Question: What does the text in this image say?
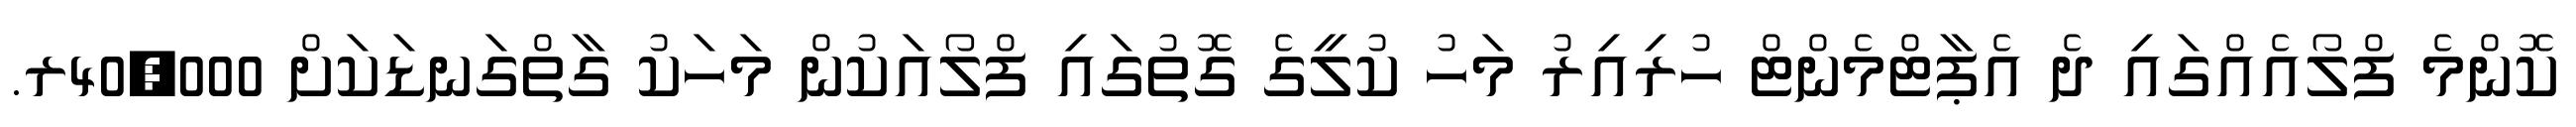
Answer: ކޮންމެ ފްލޯއެއްގައި ދެ އެޕާޓްމެންޓް ހުރިއިރު މަހު ކުލީގެ ގޮތުގައި ފްލޯއަކުން މަހަކު ގާތްގަނޑަކަށް 40,000ރ.